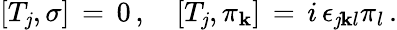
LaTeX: \left[T_{\mathit{j}},\sigma\right]\, =\, 0\, ,\quad\left[T_{\mathit{j}},\pi_{\mathbf{k}}\right]\, =\, i\, \epsilon_{\mathit{j}\mathbf{k}l}\pi_{l}\, .